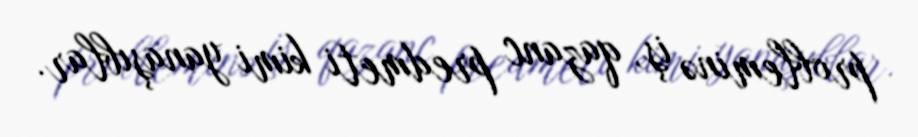
probleminə iş, qazanc predmeti kimi yanaşıblar.